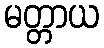
မတ္တာယ